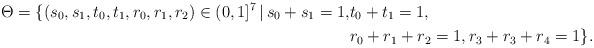
LaTeX: \begin{align*}\Theta = \{ (s_0,s_1,t_0,t_1,r_0,r_1,r_2) \in (0,1]^7\, |\, s_0+s_1=1, &t_0+t_1=1, \\&r_0+r_1+r_2=1, r_3+r_3+r_4=1\}.\end{align*}